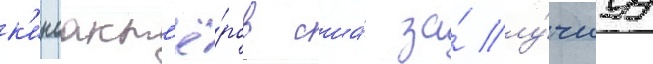
к'иноакт'ё́ров сша́ за́ лу́чшуу